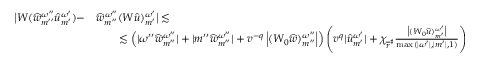
\begin{array} { r l } { \big | W ( \widehat { w } _ { { m ^ { \prime \prime } } } ^ { \omega ^ { \prime \prime } } { \widehat { u } } _ { m ^ { \prime } } ^ { \omega ^ { \prime } } ) - } & { \widehat { w } _ { { m ^ { \prime \prime } } } ^ { \omega ^ { \prime \prime } } ( W { \widehat { u } } ) _ { m ^ { \prime } } ^ { \omega ^ { \prime } } \big | \lesssim } \\ & { \qquad \lesssim \left( | \omega ^ { \prime \prime } \widehat { w } _ { m ^ { \prime \prime } } ^ { \omega ^ { \prime \prime } } | + | m ^ { \prime \prime } \widehat { w } _ { m ^ { \prime \prime } } ^ { \omega ^ { \prime \prime } } | + v ^ { - q } \left| ( W _ { 0 } \widehat { w } ) _ { m ^ { \prime \prime } } ^ { \omega ^ { \prime \prime } } \right| \right) \Bigg ( v ^ { q } | { \widehat { u } } _ { m ^ { \prime } } ^ { \omega ^ { \prime } } | + \chi _ { \overline { { r } } ^ { \sharp } } \frac { \big | ( W _ { 0 } { \widehat { u } } ) _ { m ^ { \prime } } ^ { \omega ^ { \prime } } \big | } { \operatorname* { m a x } ( | \omega ^ { \prime } | , | m ^ { \prime } | , 1 ) } \Bigg ) } \end{array}